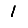
Digit: 1